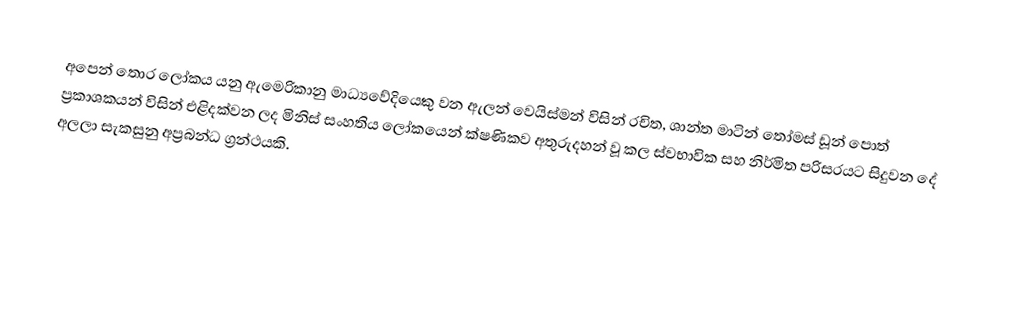
අපෙන් තොර ලෝකය යනු ඇමෙරිකානු මාධ්‍යවේදියෙකු වන ඇලන් වෙයිස්මන් විසින් රචිත, ශාන්ත මාටින් තෝමස් ඩූන් පොත් ප්‍රකාශකයන් විසින් එළිදක්වන ලද මිනිස් සංහතිය ලෝකයෙන් ක්ෂණිකව අතුරුදහන් වූ කල ස්වභාවික සහ නිර්මිත පරිසරයට සිදුවන දේ අලලා සැකසුනු අප්‍රබන්ධ ග්‍රන්ථයකි.